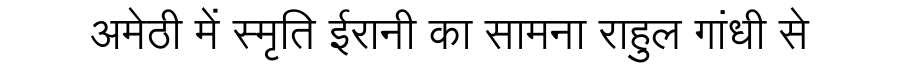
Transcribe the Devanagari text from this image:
अमेठी में स्मृति ईरानी का सामना राहुल गांधी से